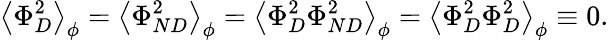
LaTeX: \left\langle\Phi_{D}^{2}\right\rangle_{\phi}=\left\langle\Phi_{ND}^{2}\right\rangle_{\phi}=\left\langle\Phi_{D}^{2}\Phi_{ND}^{2}\right\rangle_{\phi}=\left\langle\Phi_{D}^{2}\Phi_{D}^{2}\right\rangle_{\phi}\equiv 0.